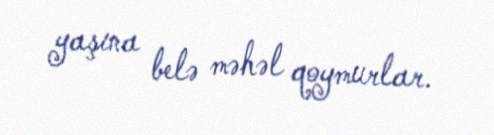
yaşına belə məhəl qoymurlar.